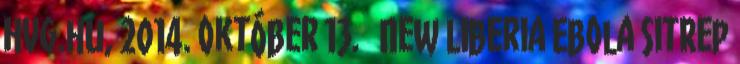
Hvg.hu, 2014. október 13. ↑ New Liberia Ebola SitRep